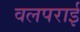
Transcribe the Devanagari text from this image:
वलपराई